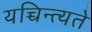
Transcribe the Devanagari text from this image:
यच्चिन्त्यते